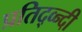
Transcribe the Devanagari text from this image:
प्रतिद्व्न्दी